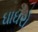
ઘાઘરો